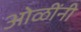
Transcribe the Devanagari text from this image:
ओळींनी